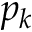
p _ { k }